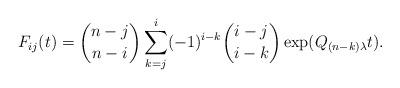
LaTeX: \begin{align*}F_{ij}(t)={n-j \choose n-i} \sum_{k=j}^i(-1)^{i-k} {i-j\choose i-k}\exp(Q_{(n-k)\lambda}t).\end{align*}